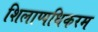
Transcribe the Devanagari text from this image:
शिलाप्पधिकरम